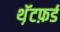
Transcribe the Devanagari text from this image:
थ़ॅटफ़र्ड